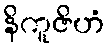
နိကူဇိဟံ